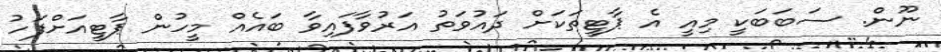
ނޫން. ސަބަބަކީ މިއީ އެ ޕާޓީތަކަށް ދައުވަތު އަރުވާފައިވާ ބައެއް މީހުން ޕާޓީއަށްފަހު